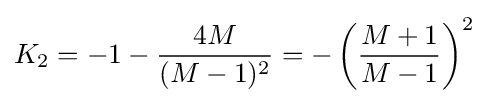
K_{2}=-1-{\frac {4M}{(M-1)^{2}}}=-\left({\frac {M+1}{M-1}}\right)^{2}